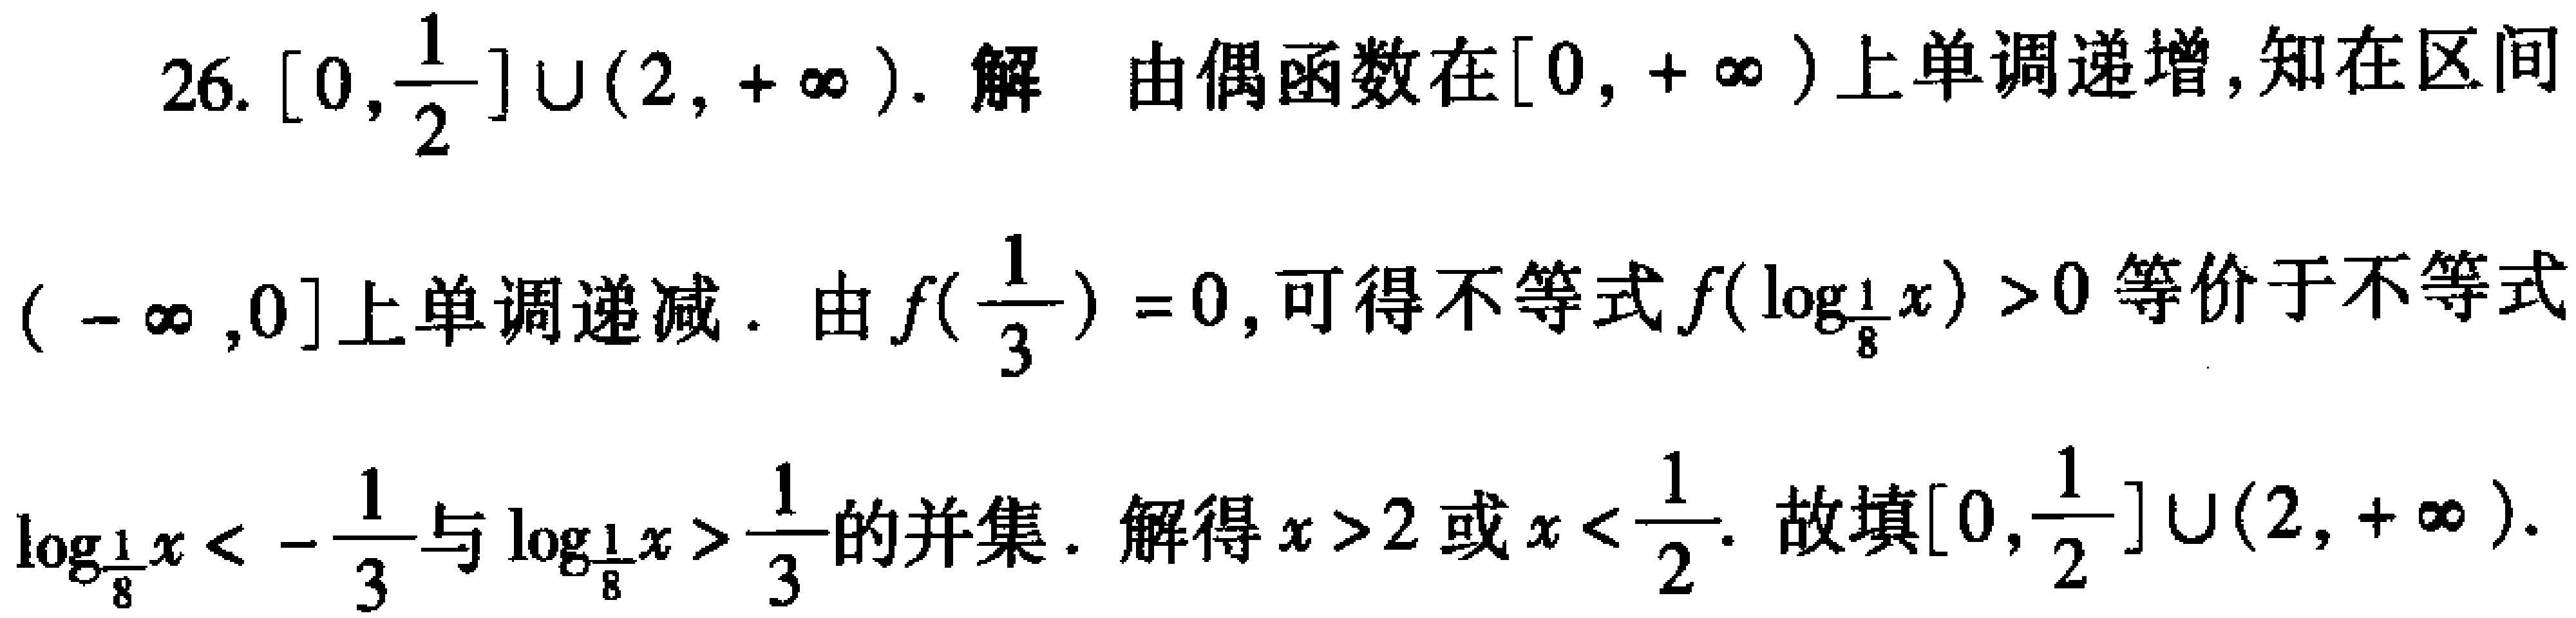
26. \([0,\frac{1}{2}]\cup(2,+\infty)\). 解 由偶函数在\([0,+\infty)\)上单调递增,知在区间\((-\infty,0]\)上单调递减. 由\(f(\frac{1}{3}) = 0\),可得不等式\(f(\log_{\frac{1}{8}}x)>0\)等价于不等式\(\log_{\frac{1}{8}}x<-\frac{1}{3}\)与\(\log_{\frac{1}{8}}x>\frac{1}{3}\)的并集. 解得\(x > 2\)或\(x<\frac{1}{2}\). 故填\([0,\frac{1}{2}]\cup(2,+\infty)\).